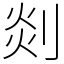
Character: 剡